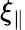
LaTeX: \xi_{\parallel}